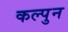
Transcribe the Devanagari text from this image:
कल्पुन